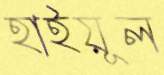
হাইয়ূল